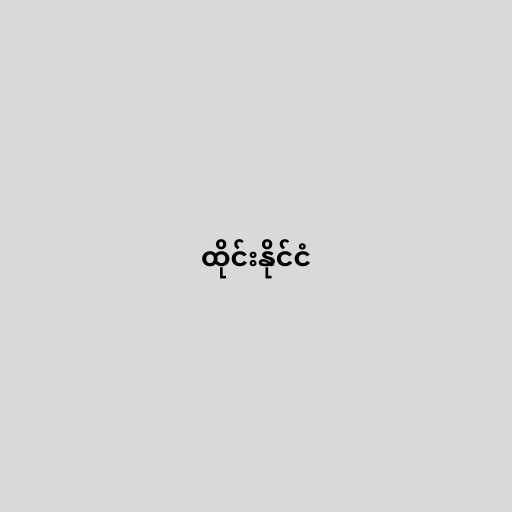
ထိုင်းနိုင်ငံ